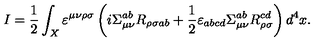
I = \frac { 1 } { 2 } \int _ { X } \varepsilon ^ { \mu \nu \rho \sigma } \left( i \Sigma _ { \mu \nu } ^ { a b } R _ { \rho \sigma a b } + \frac { 1 } { 2 } \varepsilon _ { a b c d } \Sigma _ { \mu \nu } ^ { a b } R _ { \rho \sigma } ^ { c d } \right) d ^ { 4 } x .